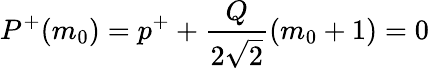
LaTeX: P^{+}(m_{0})=p^{+}+\frac{Q}{2\sqrt{2}}(m_{0}+1)=0